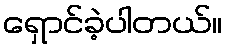
ရှောင်ခဲ့ပါတယ်။